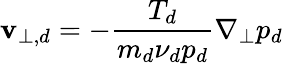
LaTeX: \mathbf{v}_{\perp,d}=-\frac{T_{d}}{m_{d}\nu_{d}p_{d}}\nabla_{\perp}p_{d}